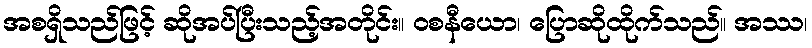
အစရှိသည်ဖြင့် ဆိုအပ်ပြီးသည့်အတိုင်း။ ဝစနီယော၊ ပြောဆိုထိုက်သည်။ အဿ၊